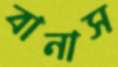
বানাস